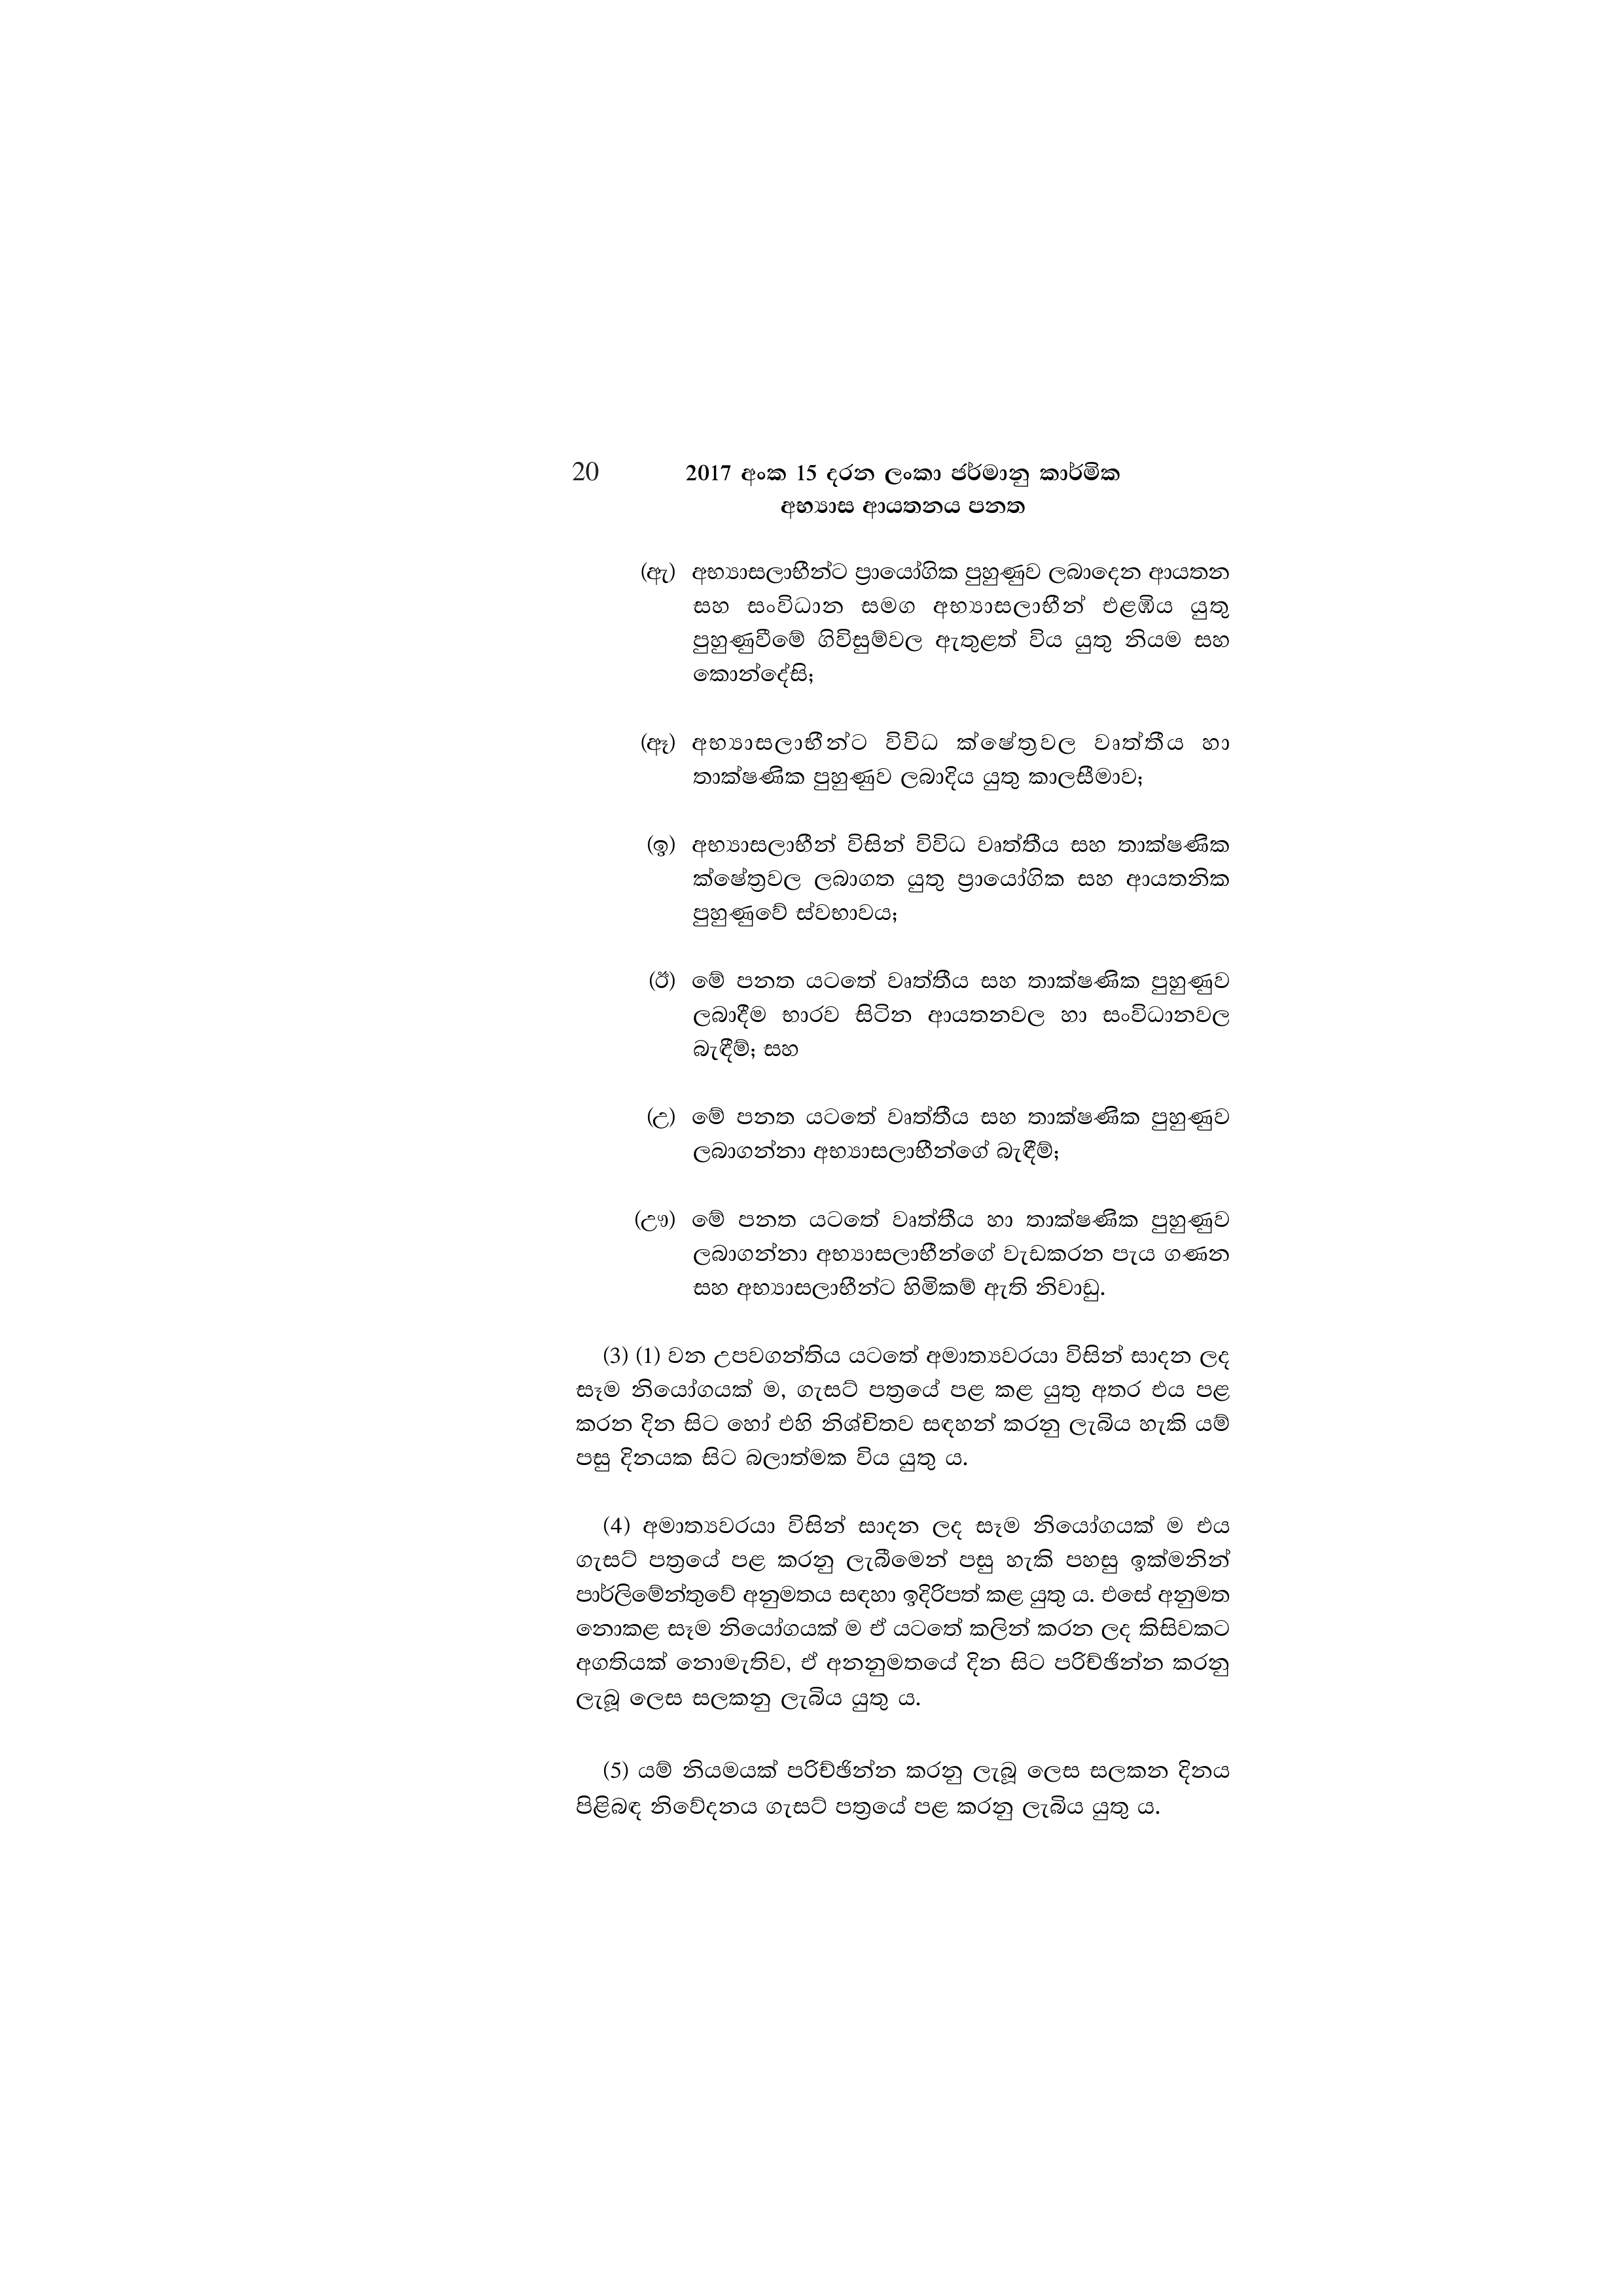
20 2017 අංක 15 දරන ලංකා ජර්මානු කාර්මික
අභ්‍යාස ආයතනය පනත

(ඇ) අභ්‍යාසලාභීන්ට ප්‍රායෝගික පුහුණුව ලබාදෙන ආයතන
සහ සංවිධාන සමග අභ්‍යාසලාභීන්_එළඹිය යුතු
පුහුණුවීමේ ගිවිසුම්වල ඇතුළත් විය යුතු නියම සහ
කොන්දේසි;

(ඈ) අභ්‍යාසලාභීන්ට විවිධ ක්ෂේත්‍රවල වෘත්තීය හා
තාක්ෂණික පුහුණුව ලබාදිය යුතු කාලසීමාව;

(ඉ) අභ්‍යාසලාභීන් විසින් විවිධ වෘත්තීය සහ තාක්ෂණික
ක්ෂේත්‍රවල ලබාගත යුතු ප්‍රායෝගික සහ ආයතනික
පුහුණුවේ ස්වභාවය;

(ඊ) මේ පනත යටතේ වෘත්තීය සහ තාක්ෂණික පුහුණුව
ලබාදීම භාරව සිටින ආයතනවල හා සංවිධානවල
බැඳීම්; සහ

(උ) මේ පනත යටතේ වෘත්තීය සහ තාක්ෂණික පුහුණුව
ලබාගන්නා අභ්‍යාසලාභීන්ගේ බැඳීම්;

(ඌ) මේ පනත යටතේ වෘත්තීය හා තාක්ෂණික පුහුණුව
ලබාගන්නා අභ්‍යාසලාභීන්ගේ වැඩකරන පැය ගණන
සහ අභ්‍යාසලාභීන්ට හිමිකම් ඇති නිවාඩු.

(3) (1) වන උපවගන්තිය යටතේ අමාත්‍යවරයා විසින් සාදන ලද
සෑම නියෝගයක් ම, ගැසට් පත්‍රයේ පළ කළ යුතු අතර එය පළ
කරන දින සිට හෝ එහි නිශ්චිතව සඳහන් කරනු ලැබිය හැකි යම්
පසු දිනයක සිට බලාත්මක විය යුතු ය.

(4) අමාත්‍යවරයා විසින් සාදන ලද සෑම නියෝගයක් ම එය
ගැසට් පත්‍රයේ පළ කරනු ලැබීමෙන් පසු හැකි පහසු ඉක්මනින්
පාර්ලිමේන්තුවේ අනුමතය සඳහා ඉදිරිපත් කළ යුතු ය. එසේ අනුමත
නොකළ සෑම නියෝගයක් ම ඒ යටතේ කලින් කරන ලද කිසිවකට
අගතියක් නොමැතිව, ඒ අනනුමතයේ දින සිට පරිච්ඡින්න කරනු
ලැබූ ලෙස සලකනු ලැබිය යුතු ය.

(5) යම් නියමයක් පරිච්ඡින්න කරනු ලැබූ ලෙස සලකන දිනය
පිළිබඳ නිවේදනය ගැසට් පත්‍රයේ පළ කරනු ලැබිය යුතු ය.